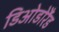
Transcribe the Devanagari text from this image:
डिओडोरैंड